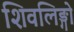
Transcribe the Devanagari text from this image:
शिवलिङ्गो